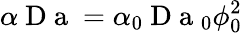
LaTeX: \alpha\mathrm{~D~a~}=\alpha_{0}\mathrm{~D~a~}_{0}\phi_{0}^{2}